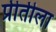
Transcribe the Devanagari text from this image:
प्रीतीला